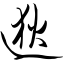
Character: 逖